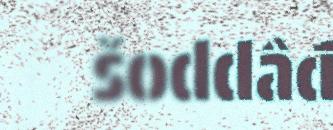
šoddâđ